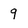
Character: 9